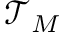
\mathcal { T } _ { M }